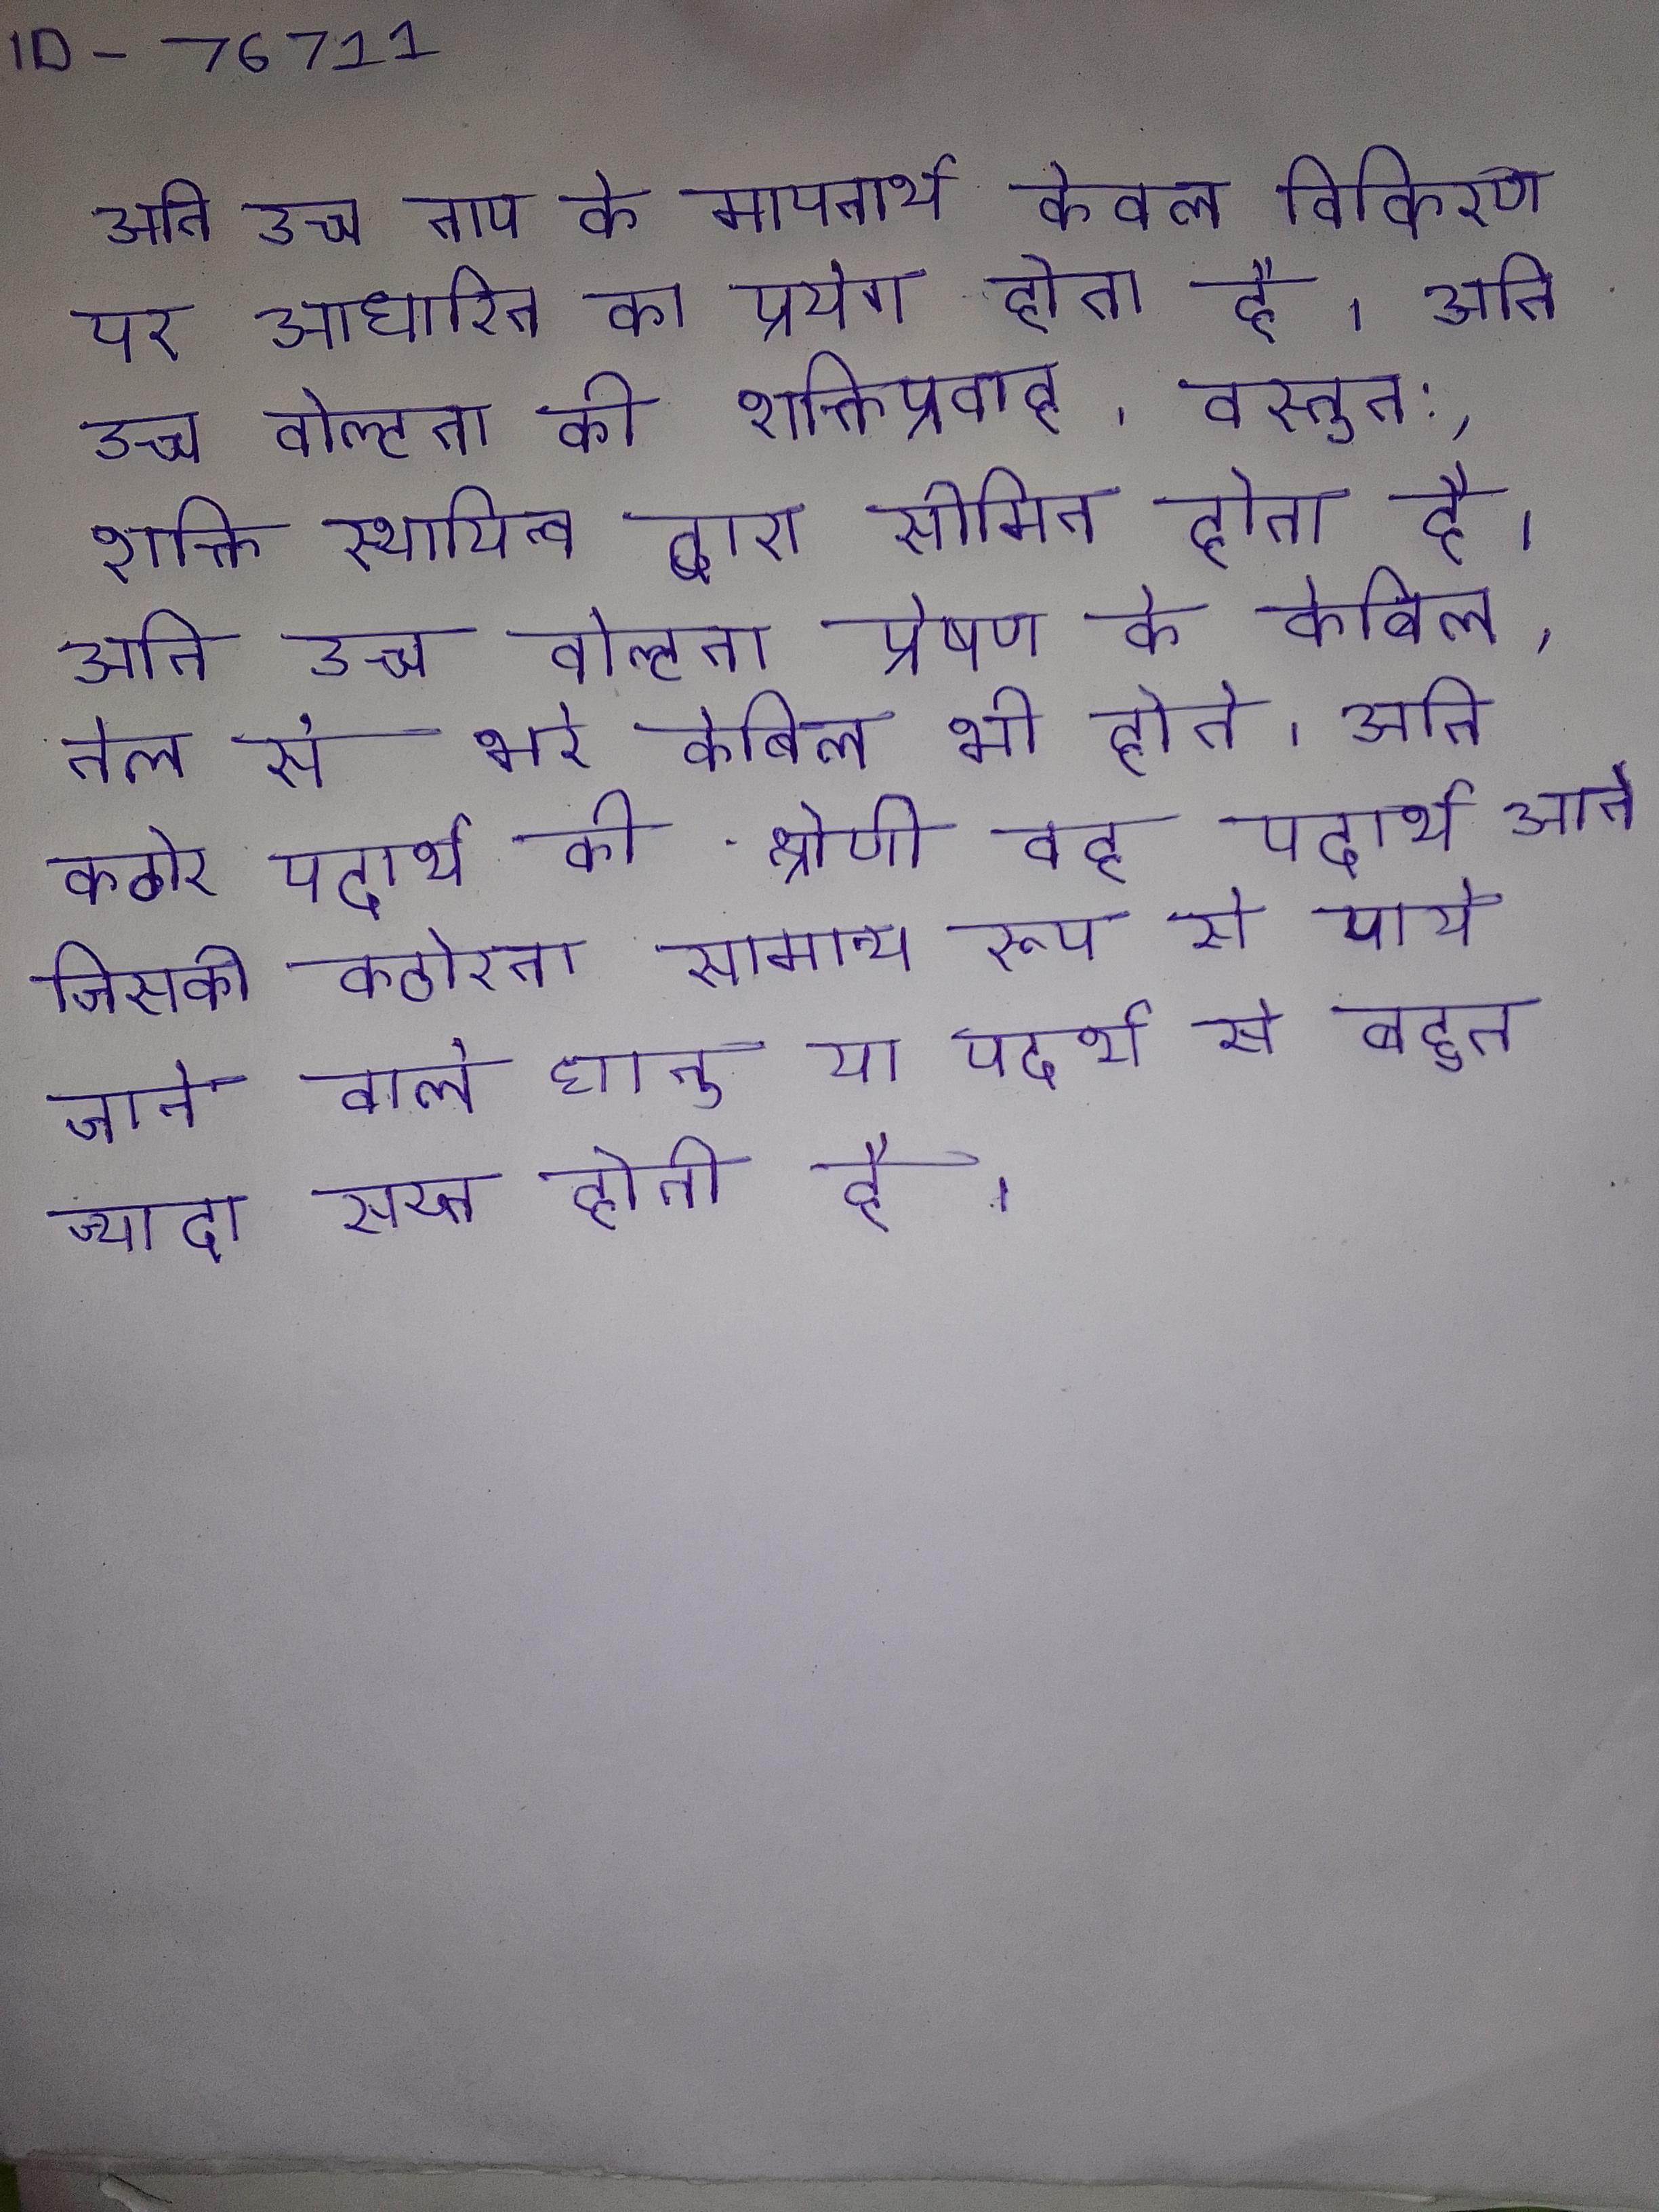
अति उच्च ताप के मापनार्थ केवल विकिरण पर आधारित का प्रयोग होता है । अति उच्च वोल्टता की शक्तिप्रवाह, वस्तुत:, शक्ति स्थायित्व द्वारा सीमित होता है । अति उच्च वोल्टता प्रेषण के केबिल, तेल से भरे केबिल भी होते । अति कठोर पदार्थ की श्रेणी वह पदार्थ आते जिसकी कठोरता सामान्य रूप से पाये जाने वाले धातु या पदार्थ से बहुत ज्यादा सख्त होती है ।